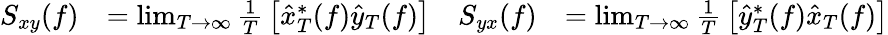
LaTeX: {\begin{array}{rlrl}{S_{xy}(f)}&{=\operatorname*{lim}_{T\to\infty}{\frac{1}{T}}\left[{\hat{x}}_{T}^{*}(f){\hat{y}}_{T}(f)\right]}&{S_{yx}(f)}&{=\operatorname*{lim}_{T\to\infty}{\frac{1}{T}}\left[{\hat{y}}_{T}^{*}(f){\hat{x}}_{T}(f)\right]}\end{array}}